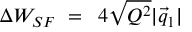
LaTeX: \Delta W _ { S F } \, \, = \, \, \, 4 \sqrt { Q ^ { 2 } } | \vec { q } _ { 1 } | \, \,